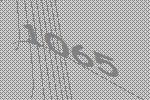
1065